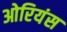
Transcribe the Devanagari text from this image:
ओरियंस